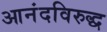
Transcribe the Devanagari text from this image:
आनंदविरुद्ध